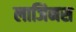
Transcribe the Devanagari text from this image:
लाजिनस